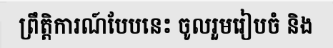
ព្រឹត្តិការណ៍បែបនេះ ចូលរួមរៀបចំ និង